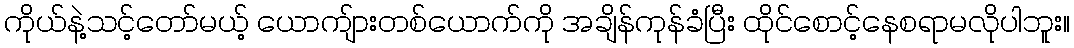
ကိုယ်နဲ့သင့်တော်မယ့် ယောကျ်ားတစ်ယောက်ကို အချိန်ကုန်ခံပြီး ထိုင်စောင့်နေစရာမလိုပါဘူး။